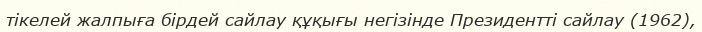
тікелей жалпыға бірдей сайлау құқығы негізінде Президентті сайлау (1962),